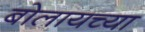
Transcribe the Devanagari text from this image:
बोलायच्या